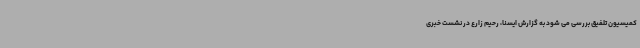
کمیسیون تلفیق بررسی می شود به گزارش ایسنا، رحیم زارع در نشست خبری